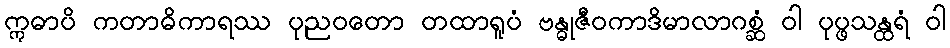
ဣဓာပိ ကတာဓိကာရဿ ပုညဝတော တထာရူပံ ဗန္ဓုဇီဝကာဒိမာလာဂစ္ဆံ ဝါ ပုပ္ဖသန္ထရံ ဝါ